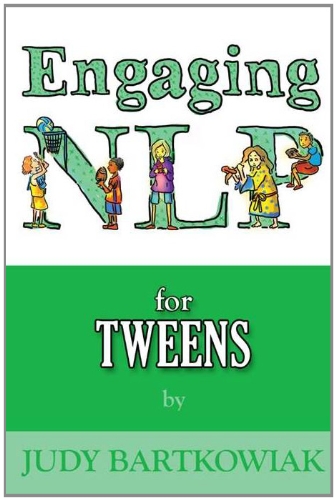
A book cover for Nlp for Tweens; Judy Bartkowiak; Self-Help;